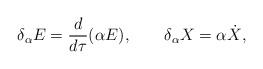
LaTeX: \begin{align*}\delta_\alpha E = \frac{d}{d\tau} (\alpha E), \qquad\delta_\alpha X = \alpha \dot X,\end{align*}